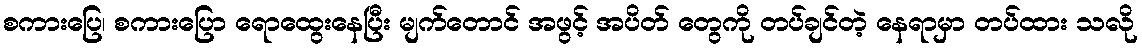
စကားပြေ၊ စကားပြော ရောထွေးနေပြီး မျက်တောင် အဖွင့် အပိတ် တွေကို တပ်ချင်တဲ့ နေရာမှာ တပ်ထား သလို